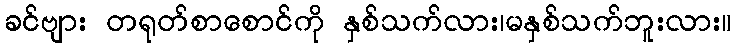
ခင်ဗျား တရုတ်စာစောင်ကို နှစ်သက်လား၊မနှစ်သက်ဘူးလား။